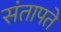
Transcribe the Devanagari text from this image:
संतापते